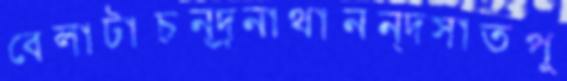
বেলাটাচন্দ্রনাথানন্দসাতপু